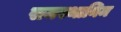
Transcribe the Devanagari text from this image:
समस्थानिम